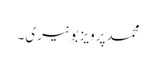
محمدپرویزبونیری۔